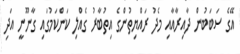
އޭގެ ސަބަބުން ދާއިރާއާއި މެދު ރައްޔިތުންގެ އިތުބާރު ގެއްލި ކަންކަމުގައި ގާނޫނީ އަދި